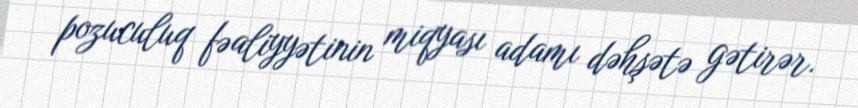
pozuculuq fəaliyyətinin miqyası adamı dəhşətə gətirər.